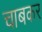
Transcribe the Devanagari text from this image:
चाबकर